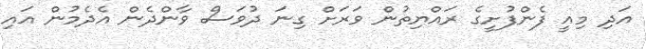
އަދި މިއީ ފެންފުށީގެ ރައްޔިތުން ވަރަށް ގިނަ ދުވަސް ވާންދެން އެދެމުން އައި